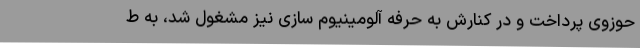
حوزوی پرداخت و در کنارش به حرفه آلومینیوم سازی نیز مشغول شد، به ط